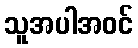
သူအပါအဝင်